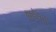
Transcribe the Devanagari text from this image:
कटेगा।